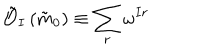
LaTeX: \tilde { \mathcal { O } } _ { I } \left( \tilde { m } _ { 0 } \right) \equiv \sum _ { r } \omega ^ { I r }